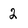
Character: 2